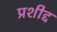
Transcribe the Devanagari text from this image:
प्रशीद्द